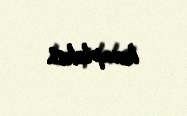
kompleksi.